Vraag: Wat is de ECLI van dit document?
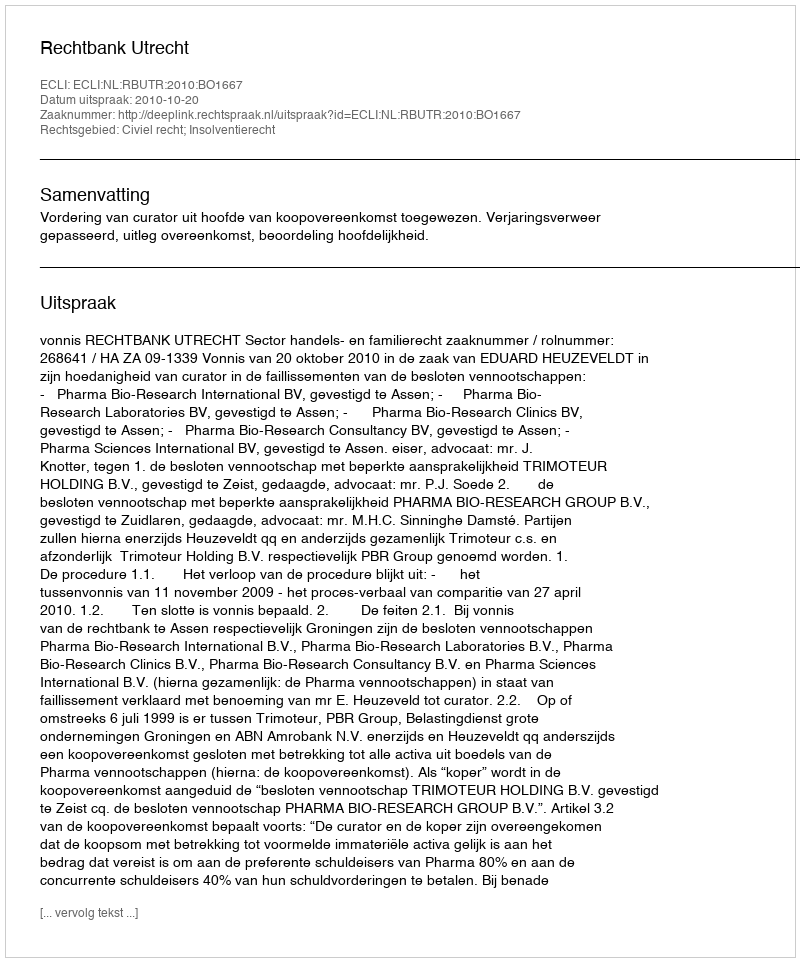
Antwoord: ECLI:NL:RBUTR:2010:BO1667